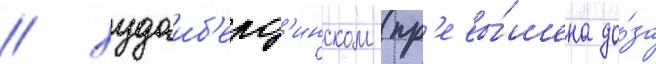
/ худаиб'ерд'инском (пр'евы́шена до́за